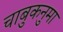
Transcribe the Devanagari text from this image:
चाबुकनुमा